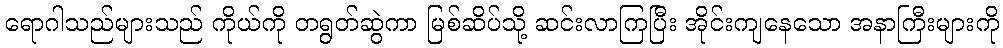
ရောဂါသည်များသည် ကိုယ်ကို တရွတ်ဆွဲကာ မြစ်ဆိပ်သို့ ဆင်းလာကြပြီး အိုင်းကျနေသော အနာကြီးများကို